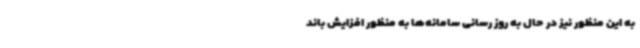
به این منظور نیز در حال به روز رسانی سامانه‌ها به منظور افزایش باند